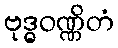
ဗုဒ္ဓဝဏ္ဏိတံ